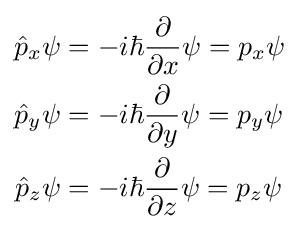
{\begin{aligned}{\hat {p}}_{x}\psi &=-i\hbar {\frac {\partial }{\partial x}}\psi =p_{x}\psi \\{\hat {p}}_{y}\psi &=-i\hbar {\frac {\partial }{\partial y}}\psi =p_{y}\psi \\{\hat {p}}_{z}\psi &=-i\hbar {\frac {\partial }{\partial z}}\psi =p_{z}\psi \\\end{aligned}}\,\!